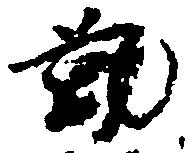
勤